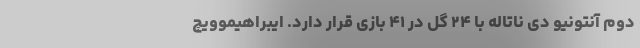
دوم آنتونیو دی ناتاله با ۲۴ گل در ۴۱ بازی قرار دارد. ایبراهیموویچ